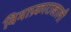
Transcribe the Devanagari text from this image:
विमाप्रकाराखाली